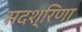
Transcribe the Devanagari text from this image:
सदश्रिणा